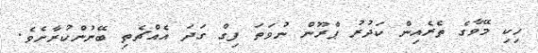
ހިކި މޭވާގެ ތެރެއިން ކަދުރު ޕްރޫން ނުވަތަ ފިގް ގަދަ އެއްޗެތި ބޭނުންކުރާށެވެ.